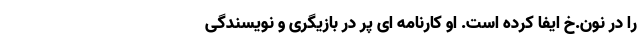
را در نون.خ ایفا کرده است. او کارنامه ای پر در بازیگری و نویسندگی